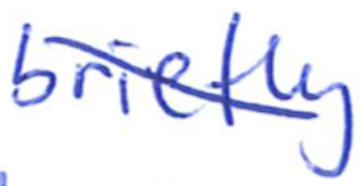
Text: briefly
Cross-out: diagonal
Writing tool: ballpoint